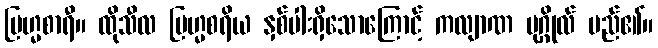
ဗြဟ္မစာရီ။ ထိုသီလ ဗြဟ္မစရိယ နှစ်ပါးရှိသောကြောင့် ကလျာဏ ပုဂ္ဂိုလ် မည်၏။